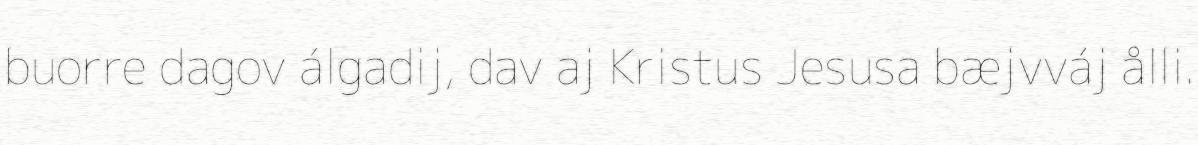
buorre dagov álgadij, dav aj Kristus Jesusa bæjvváj ålli.